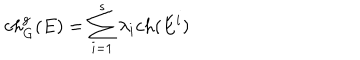
LaTeX: c h _ { G } ^ { g } ( E ) = \sum _ { i = 1 } ^ { s } \lambda _ { i } c h ( E ^ { i } )